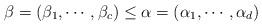
\begin{align*} \beta=(\beta_1,\cdots, \beta_c) \leq \alpha=(\alpha_1,\cdots, \alpha_d) \end{align*}